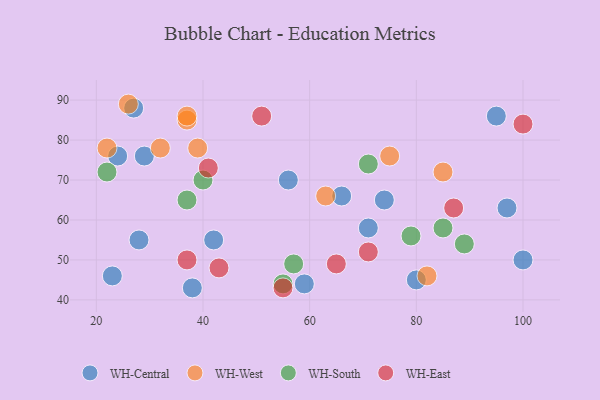
{"axis": {"x": "GDP", "y": "Life Expectancy"}, "legend": ["WH-Central", "WH-East", "WH-South", "WH-West"], "data": [{"x": "100", "y": 50, "type": "WH-Central"}, {"x": "80", "y": 45, "type": "WH-Central"}, {"x": "71", "y": 58, "type": "WH-Central"}, {"x": "28", "y": 55, "type": "WH-Central"}, {"x": "27", "y": 88, "type": "WH-Central"}, {"x": "74", "y": 65, "type": "WH-Central"}, {"x": "42", "y": 55, "type": "WH-Central"}, {"x": "56", "y": 70, "type": "WH-Central"}, {"x": "59", "y": 44, "type": "WH-Central"}, {"x": "38", "y": 43, "type": "WH-Central"}, {"x": "29", "y": 76, "type": "WH-Central"}, {"x": "66", "y": 66, "type": "WH-Central"}, {"x": "23", "y": 46, "type": "WH-Central"}, {"x": "97", "y": 63, "type": "WH-Central"}, {"x": "24", "y": 76, "type": "WH-Central"}, {"x": "95", "y": 86, "type": "WH-Central"}, {"x": "85", "y": 72, "type": "WH-West"}, {"x": "26", "y": 89, "type": "WH-West"}, {"x": "22", "y": 78, "type": "WH-West"}, {"x": "32", "y": 78, "type": "WH-West"}, {"x": "37", "y": 85, "type": "WH-West"}, {"x": "75", "y": 76, "type": "WH-West"}, {"x": "63", "y": 66, "type": "WH-West"}, {"x": "37", "y": 86, "type": "WH-West"}, {"x": "82", "y": 46, "type": "WH-West"}, {"x": "39", "y": 78, "type": "WH-West"}, {"x": "85", "y": 58, "type": "WH-South"}, {"x": "37", "y": 65, "type": "WH-South"}, {"x": "89", "y": 54, "type": "WH-South"}, {"x": "55", "y": 44, "type": "WH-South"}, {"x": "40", "y": 70, "type": "WH-South"}, {"x": "79", "y": 56, "type": "WH-South"}, {"x": "22", "y": 72, "type": "WH-South"}, {"x": "71", "y": 74, "type": "WH-South"}, {"x": "57", "y": 49, "type": "WH-South"}, {"x": "41", "y": 73, "type": "WH-East"}, {"x": "87", "y": 63, "type": "WH-East"}, {"x": "100", "y": 84, "type": "WH-East"}, {"x": "71", "y": 52, "type": "WH-East"}, {"x": "55", "y": 43, "type": "WH-East"}, {"x": "43", "y": 48, "type": "WH-East"}, {"x": "65", "y": 49, "type": "WH-East"}, {"x": "51", "y": 86, "type": "WH-East"}, {"x": "37", "y": 50, "type": "WH-East"}]}